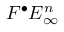
F ^ { \bullet } E _ { \infty } ^ { n }